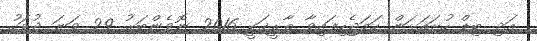
އަދި ބިޑް ހުށައަޅަން ހަމަޖެހިފައިވާ ތާރީޚަކީ 2016 ނޮވެންބަރު 29 ވަނަ ދުވަހު